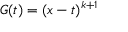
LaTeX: \ G ( t ) = ( x - t ) ^ { k + 1 }